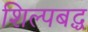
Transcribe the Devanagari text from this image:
शिल्पबद्ध